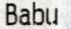
BABU